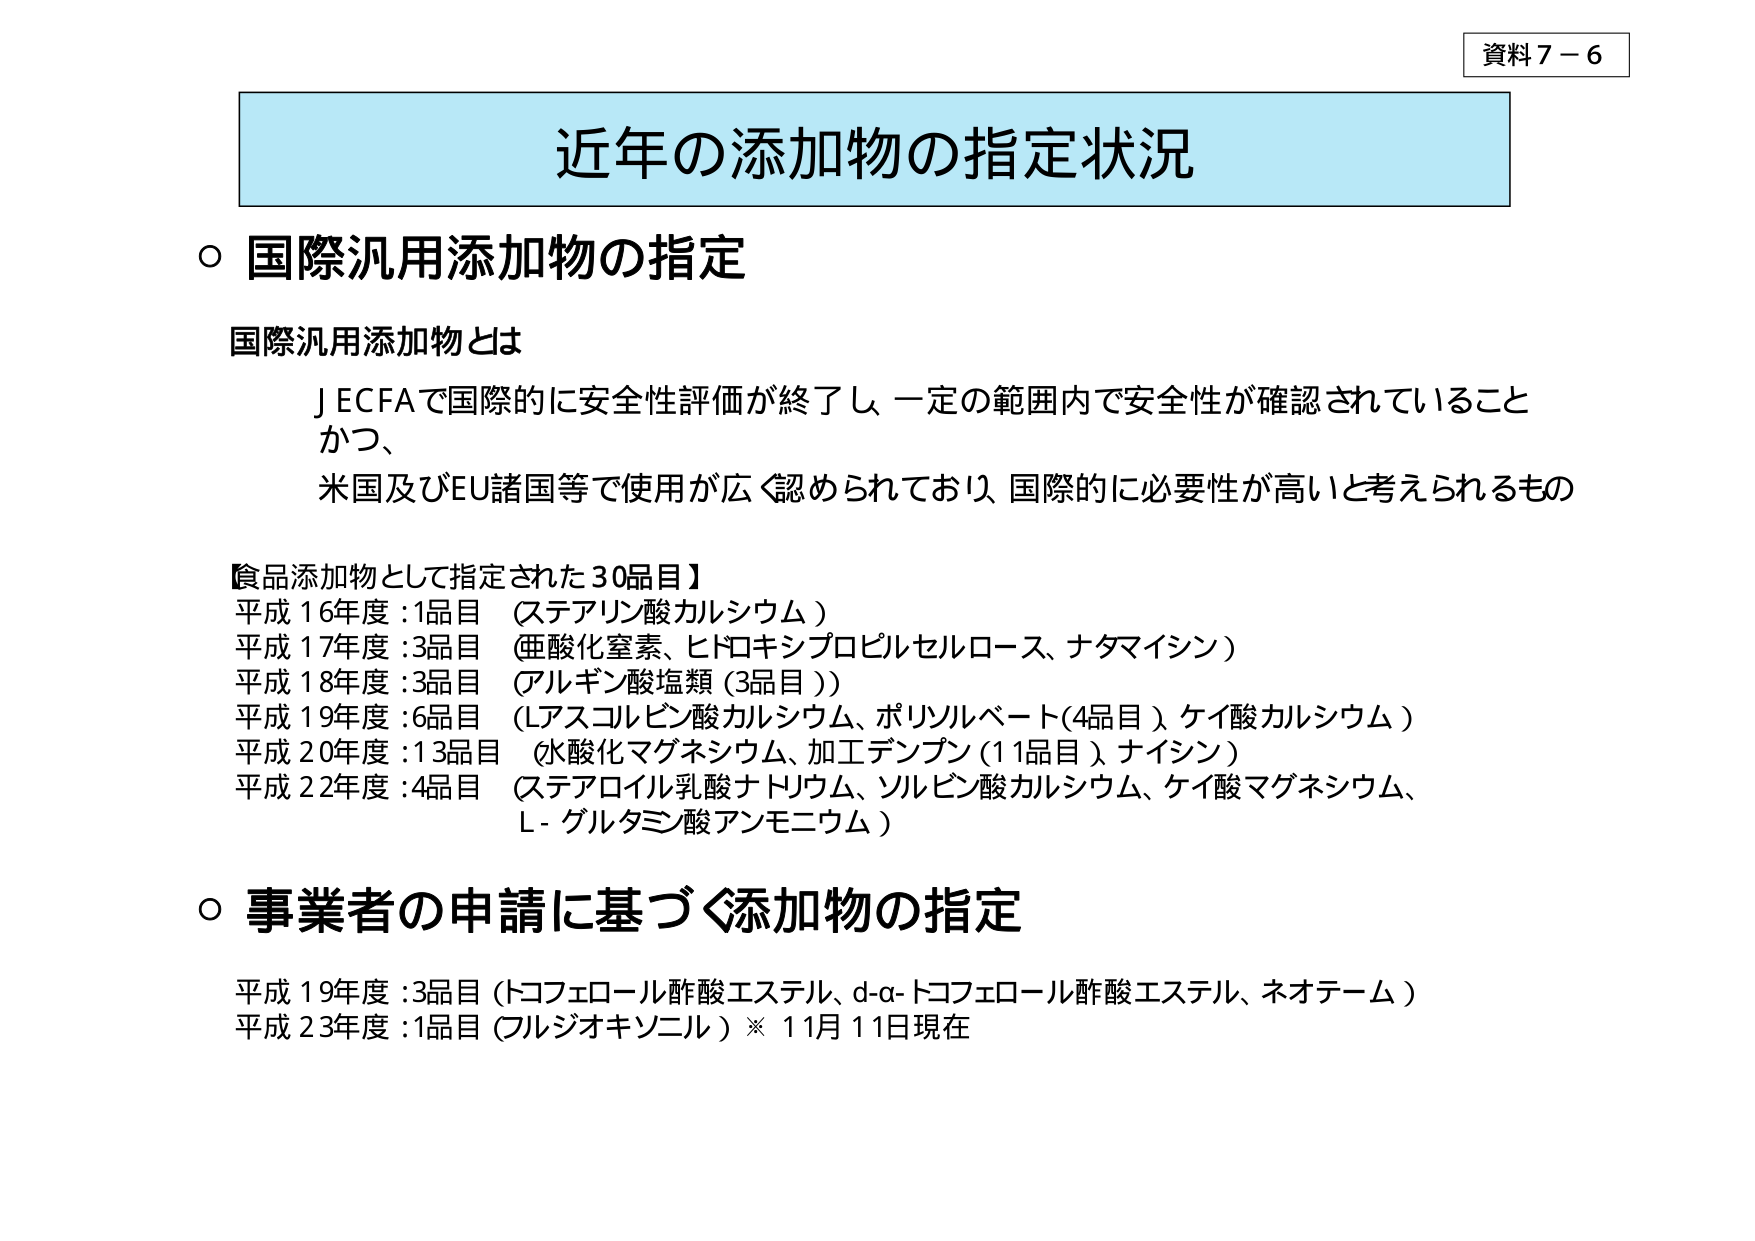
資料７－６

近年の添加物の指定状況

○ 国際汎用添加物の指定

国際汎用添加物とは
ＪＥＣＦＡで国際的に安全性評価が終了し、一定の範囲内で安全性が確認されていること
かつ、
米国及びＥＵ諸国等で使用が広く認められており、国際的に必要性が高いと考えられるもの

【食品添加物として指定された30品目】
平成16年度：1品目（ステアリン酸カルシウム）
平成17年度：3品目（亜酸化窒素、ヒドロキシプロピルセルロース、ナタマイシン）
平成18年度：3品目（アルギン酸塩類（3品目））
平成19年度：6品目（Ｌアスコルビン酸カルシウム、ポリソルベート（4品目）、ケイ酸カルシウム）
平成20年度：13品目（水酸化マグネシウム、加工デンプン（11品目）、ナイシン）
平成22年度：4品目（ステアロイル乳酸ナトリウム、ソルビン酸カルシウム、ケイ酸マグネシウム、
Ｌ－グルタミン酸アンモニウム）

○ 事業者の申請に基づく添加物の指定

平成19年度：3品目（トコフェロール酢酸エステル、ｄ-α-トコフェロール酢酸エステル、ネオテーム）
平成23年度：1品目（フルジオキソニル）※11月11日現在